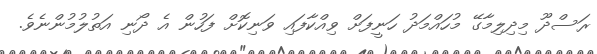
ރަސްދޫ މިދިލިމާގޭ މުހައްމަދު ހަނީފަށް ވިއްކާފައި ވަނިކޮށް ފަހުން އެ ދޯނި އަތުލުމުންނެވެ.